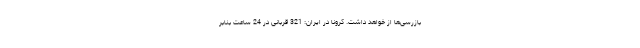
بازرسی‌ها از خواهد داشت. کرونا در ایران: 321 قربانی در 24 ساعت بنابر